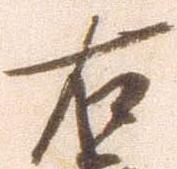
右